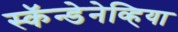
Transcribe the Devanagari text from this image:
स्कॅन्डेनेव्हिया